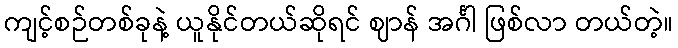
ကျင့်စဉ်တစ်ခုနဲ့ ယူနိုင်တယ်ဆိုရင် ဈာန် အင်္ဂါ ဖြစ်လာ တယ်တဲ့။